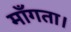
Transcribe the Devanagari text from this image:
माँगता।